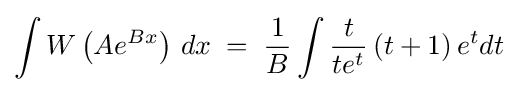
\int W\left(Ae^{Bx}\right)\,dx\;=\;{\frac {1}{B}}\int {\frac {t}{te^{t}}}\left(t+1\right)e^{t}dt